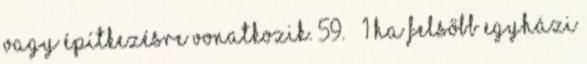
vagy építkezésre vonatkozik. 59. § 1 Ha felsőbb egyházi